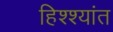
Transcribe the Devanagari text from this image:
हिश्श्यांत